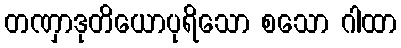
တဏှာဒုတိယောပုရိသော စသော ဂါထာ